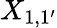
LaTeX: X_{1,1^{\prime}}